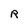
Character: R